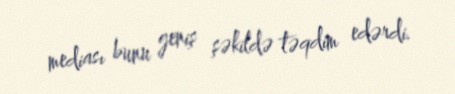
mediası bunu geniş şəkildə təqdim edərdi.